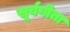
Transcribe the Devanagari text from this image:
सूर्यगीता